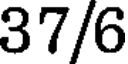
37/6